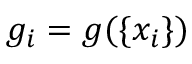
g _ { i } = g ( \{ x _ { i } \} )